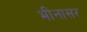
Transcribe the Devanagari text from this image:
भीनासर